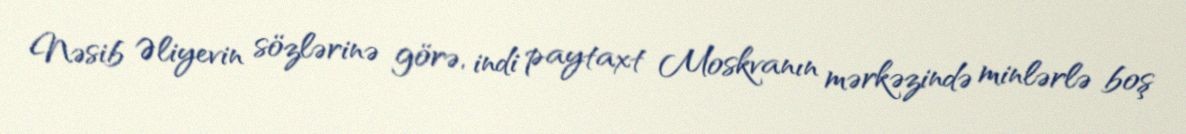
Nəsib Əliyevin sözlərinə görə, indi paytaxt Moskvanın mərkəzində minlərlə boş